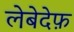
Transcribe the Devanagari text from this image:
लेबेदेफ़